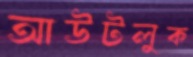
আউটলুক